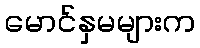
မောင်နှမများက